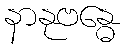
နာနုဗန္ဓေ